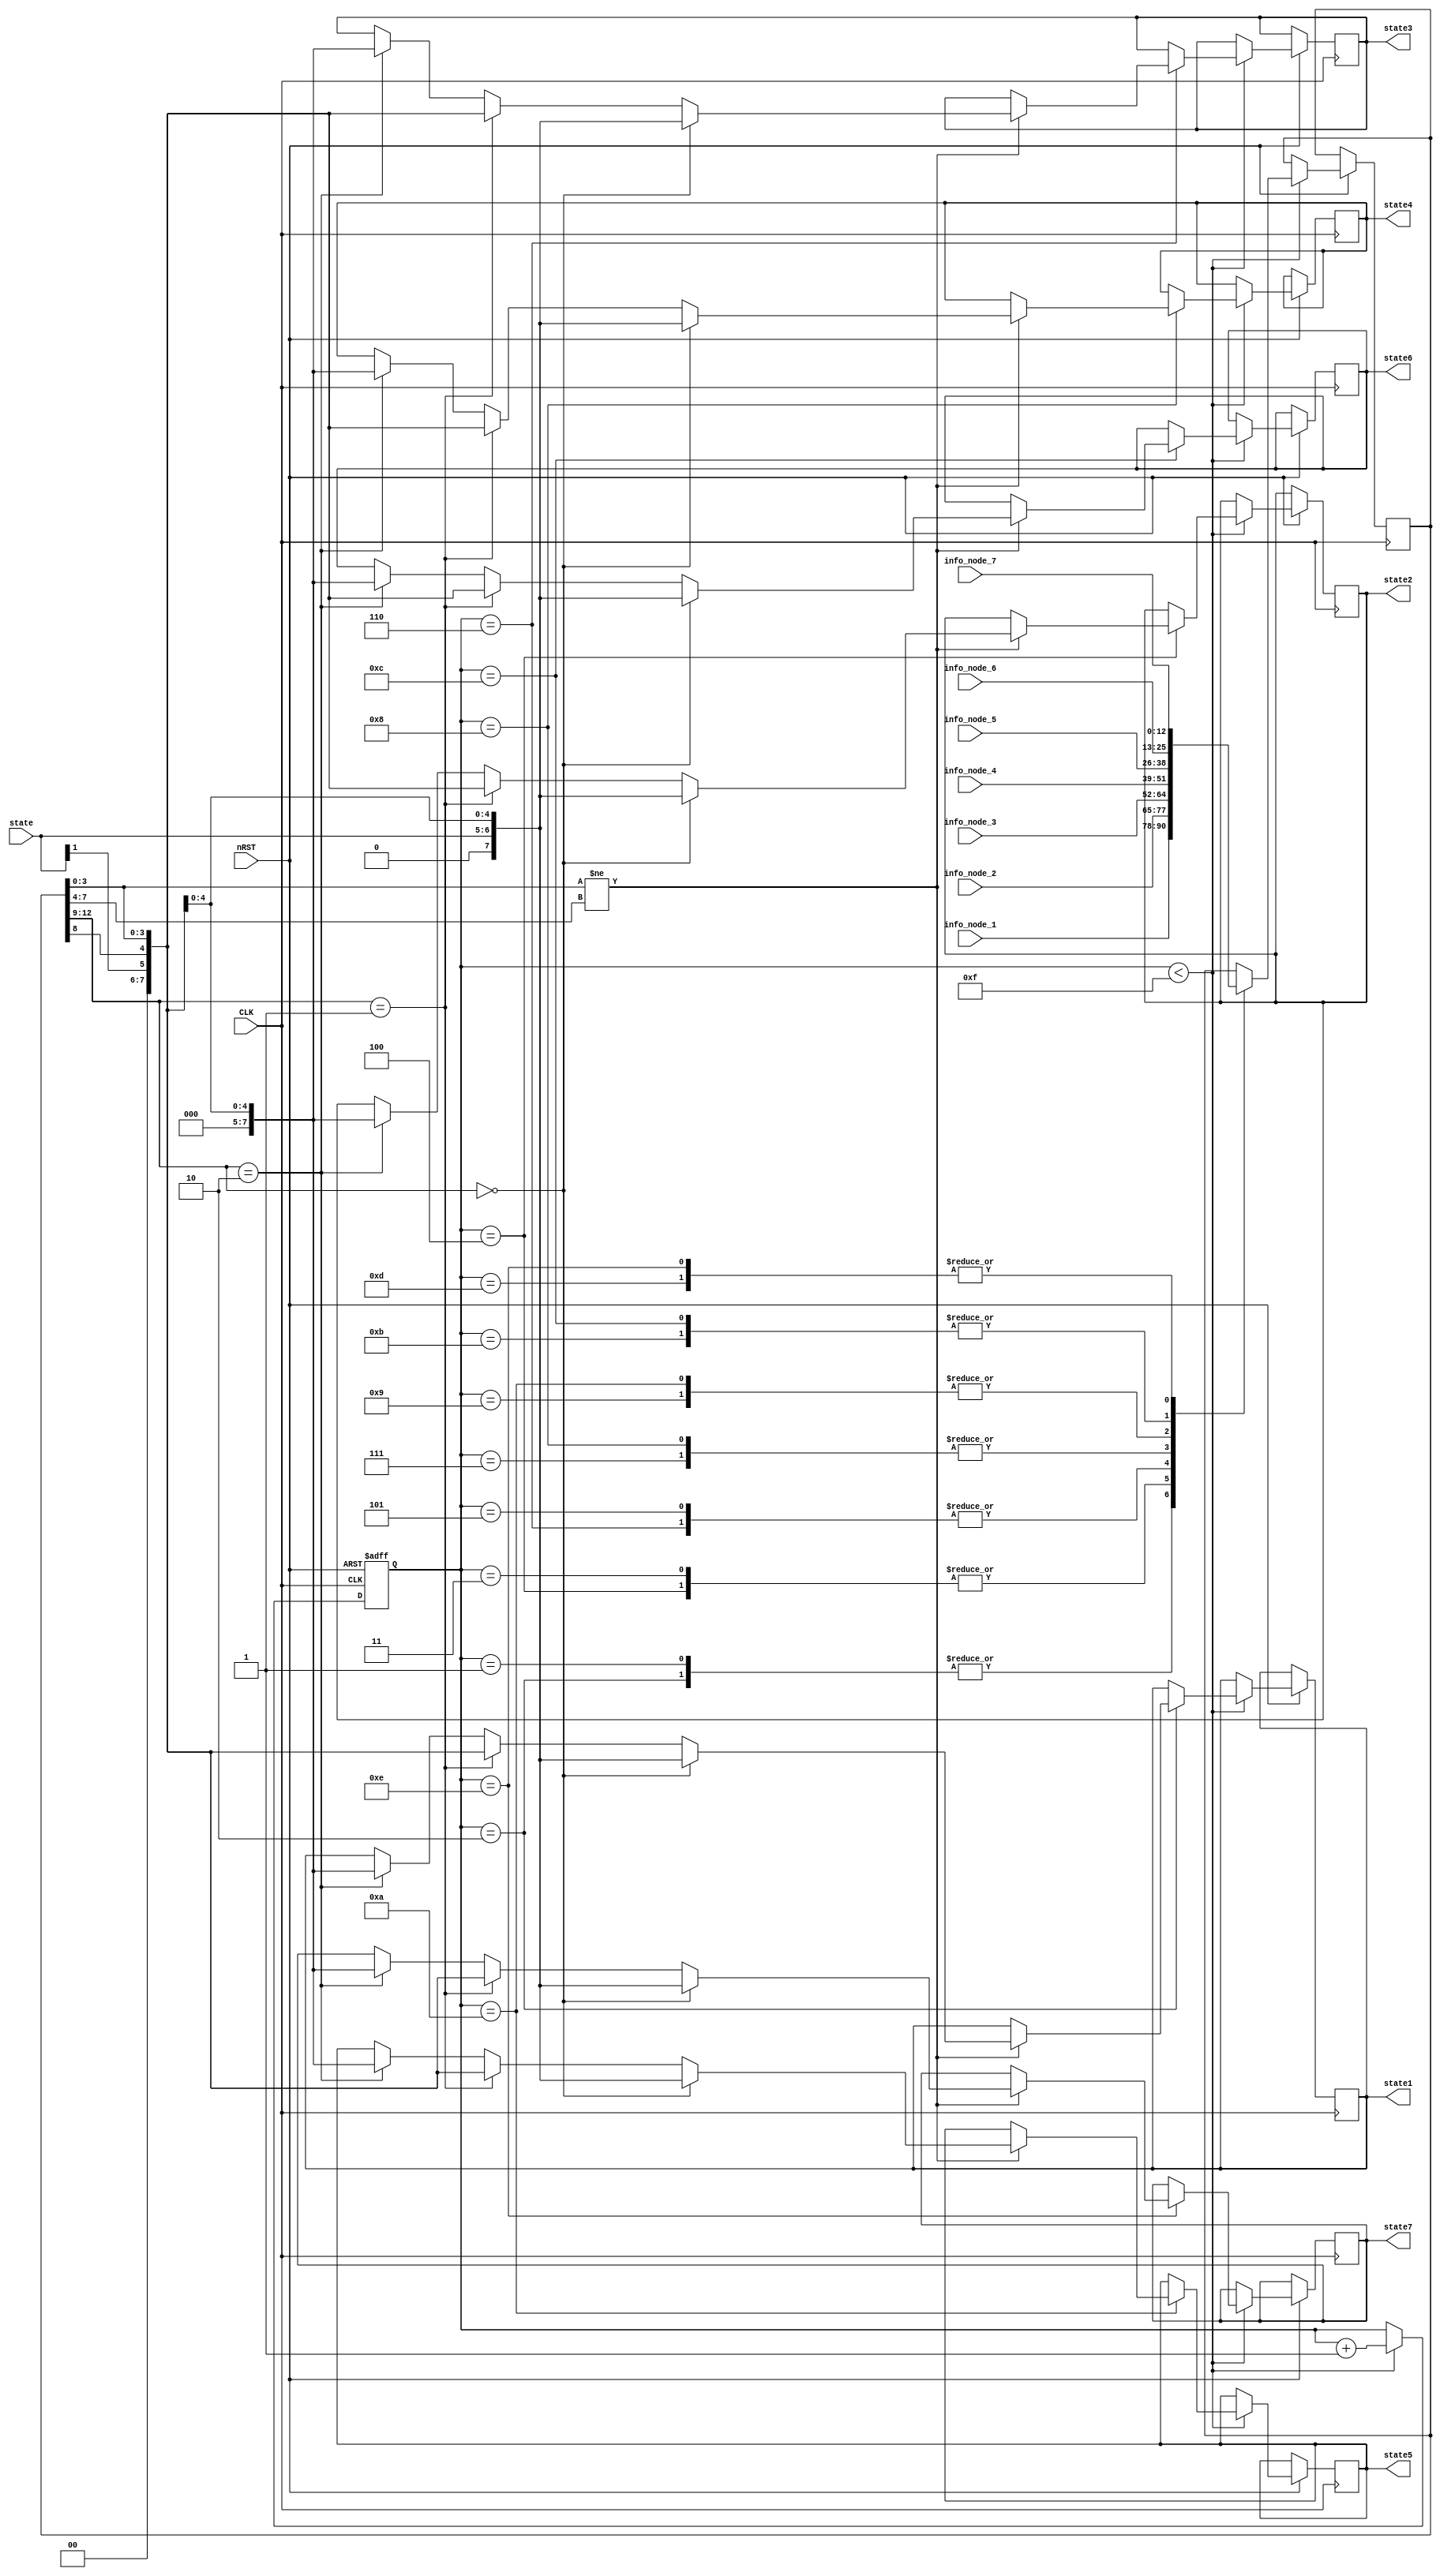
`timescale 1ns / 1ps
//////////////////////////////////////////////////////////////////////////////////
// Company: 
// Engineer: 
// 
// Design Name: 
// Module Name:    example 
// Project Name: 
// Target Devices: 
// Tool versions: 
// Description: 
//
// Dependencies: 
//
// Revision: 
// Revision 0.01 - File Created
// Additional Comments: 
//
//////////////////////////////////////////////////////////////////////////////////
module example(CLK,nRST,state,info_node_1,info_node_2,info_node_3,info_node_4,info_node_5,info_node_6,
info_node_7,state1,state2,state3,state4,state5,state6,state7);
	input CLK;
	input nRST;
	input [1:0] state;
	input [12:0] info_node_1;
	input [12:0] info_node_2;
	input [12:0] info_node_3;
	input [12:0] info_node_4;
	input [12:0] info_node_5;
	input [12:0] info_node_6;
	input [12:0] info_node_7;

	output [7:0] state1;
	output [7:0] state2;
	output [7:0] state3;
	output [7:0] state4;
	output [7:0] state5;
	output [7:0] state6;
	output [7:0] state7;
	
	reg [7:0] state1;
	reg [7:0] state2;
	reg [7:0] state3;
	reg [7:0] state4;
	reg [7:0] state5;
	reg [7:0] state6;
	reg [7:0] state7;
	
		
	reg [12:0] temp_node;
	reg [11:0] counter;
	
	wire [3:0] S0;
	wire [3:0] S1;
	wire [3:0] S2;

	assign S0 = 4'b0000;
	assign S1 = 4'b0001;
	assign S2 = 4'b0010;
	
	always @ (posedge CLK or negedge nRST)
	begin
		if(!nRST)
			counter <= 1;
		else 
			begin
			if(counter < 12'h00f)
				begin
				counter <= counter + 1;
				case(counter)
				12'h001: temp_node <= info_node_1;
				12'h002: begin
						  temp_node <= info_node_1;
						  if(temp_node[3:0] != temp_node[7:4])
								begin
								case(temp_node[12:9])
								S0: state1 <= {1'b0,state,temp_node[8],temp_node[3:0]};
								S1: state1 <= {2'b00,state[1],temp_node[8],temp_node[3:0]};
								S2: state1 <= {3'b000,temp_node[8],temp_node[3:0]};
								default:;
								endcase
								end
							else;
							end
				12'h003: temp_node <= info_node_2;
				12'h004: begin
						  temp_node <= #1 info_node_2;
						  if(temp_node[3:0] != temp_node[7:4])
								begin
								case(temp_node[12:9])
								S0: state2 <= {1'b0,state,temp_node[8],temp_node[3:0]};
								S1: state2 <= {2'b00,state[1],temp_node[8],temp_node[3:0]};
								S2: state2 <= {3'b000,temp_node[8],temp_node[3:0]};
								default:;
								endcase
								end
							else;
							end
				12'h005: temp_node <= info_node_3;
				12'h006: begin
						  temp_node <= #1 info_node_3;
						  if(temp_node[3:0] != temp_node[7:4])
								begin
								case(temp_node[12:9])
								S0: state3 <= {1'b0,state,temp_node[8],temp_node[3:0]};
								S1: state3 <= {2'b00,state[1],temp_node[8],temp_node[3:0]};
								S2: state3 <= {3'b000,temp_node[8],temp_node[3:0]};
								default:;
								endcase
								end
							else;
							end
				12'h007: temp_node <= info_node_4;
				12'h008: begin
						  temp_node <= #1 info_node_4;
						  if(temp_node[3:0] != temp_node[7:4])
								begin
								case(temp_node[12:9])
								S0: state4 <= {1'b0,state,temp_node[8],temp_node[3:0]};
								S1: state4 <= {2'b00,state[1],temp_node[8],temp_node[3:0]};
								S2: state4 <= {3'b000,temp_node[8],temp_node[3:0]};
								default:;
								endcase
								end
							else;
							end
				12'h009: temp_node <= info_node_5;
				12'h00a: begin
						  temp_node <= #1 info_node_5;
						  if(temp_node[3:0] != temp_node[7:4])
								begin
								case(temp_node[12:9])
								S0: state5 <= {1'b0,state,temp_node[8],temp_node[3:0]};
								S1: state5 <= {2'b00,state[1],temp_node[8],temp_node[3:0]};
								S2: state5 <= {3'b000,temp_node[8],temp_node[3:0]};
								default:;
								endcase
								end
							else;
							end
				12'h00b: temp_node <= info_node_6;
				12'h00c: begin
						  temp_node <= #1 info_node_6;
						  if(temp_node[3:0] != temp_node[7:4])
								begin
								case(temp_node[12:9])
								S0: state6 <= {1'b0,state,temp_node[8],temp_node[3:0]};
								S1: state6 <= {2'b00,state[1],temp_node[8],temp_node[3:0]};
								S2: state6 <= {3'b000,temp_node[8],temp_node[3:0]};
								default:;
								endcase
								end
							else;
							end
				12'h00d: temp_node <= info_node_7;
				12'h00e: begin
						  temp_node <= #1 info_node_7;
						  if(temp_node[3:0] != temp_node[7:4])
								begin
								case(temp_node[12:9])
								S0: state7 <= {1'b0,state,temp_node[8],temp_node[3:0]};
								S1: state7 <= {2'b00,state[1],temp_node[8],temp_node[3:0]};
								S2: state7 <= {3'b000,temp_node[8],temp_node[3:0]};
								default:;
								endcase
								end
							else;
							end
				default:;
				endcase
							
				end
			else;
			end
	end

endmodule